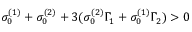
\sigma _ { 0 } ^ { ( 1 ) } + \sigma _ { 0 } ^ { ( 2 ) } + 3 ( \sigma _ { 0 } ^ { ( 2 ) } \Gamma _ { 1 } + \sigma _ { 0 } ^ { ( 1 ) } \Gamma _ { 2 } ) > 0